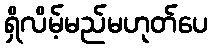
ရှိလိမ့်မည်မဟုတ်ပေ